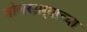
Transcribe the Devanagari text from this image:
बोलणाऱ्याच्या